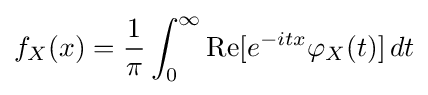
f_{X}(x)={\frac {1}{\pi }}\int _{0}^{\infty }\operatorname {Re} [e^{-itx}\varphi _{X}(t)]\,dt